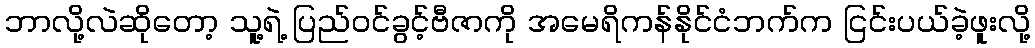
ဘာလို့လဲဆိုတော့ သူ့ရဲ့ ပြည်ဝင်ခွင့်ဗီဇာကို အမေရိကန်နိုင်ငံဘက်က ငြင်းပယ်ခဲ့ဖူးလို့